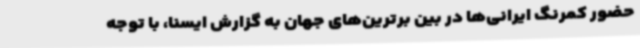
حضور کمرنگ ایرانی‌ها در بین برترین‌های جهان به گزارش ایسنا، با توجه